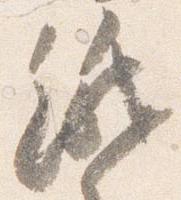
紙